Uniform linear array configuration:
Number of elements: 32
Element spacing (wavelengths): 0.5
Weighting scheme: binomial
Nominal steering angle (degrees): -45
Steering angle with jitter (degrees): -43.672
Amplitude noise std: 0.05
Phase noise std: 0.05

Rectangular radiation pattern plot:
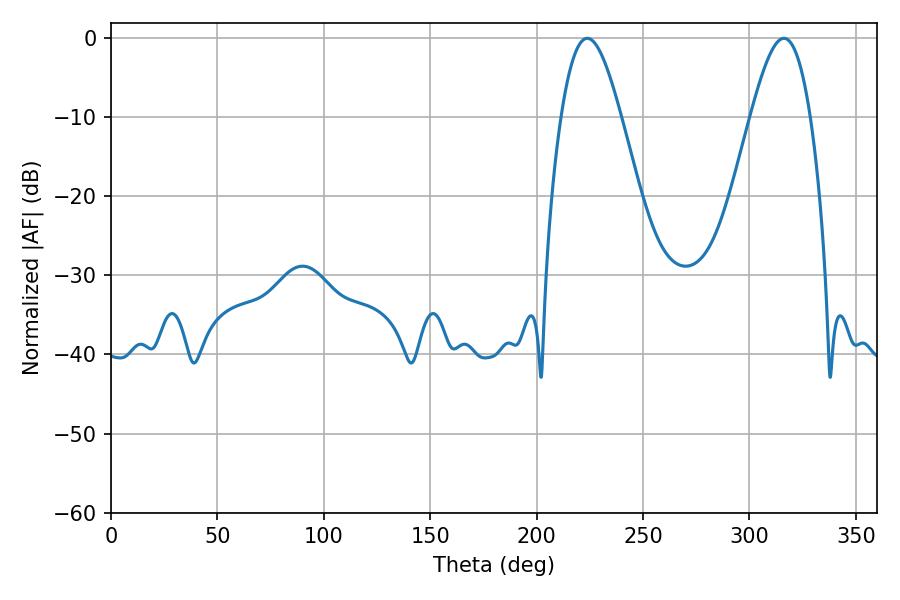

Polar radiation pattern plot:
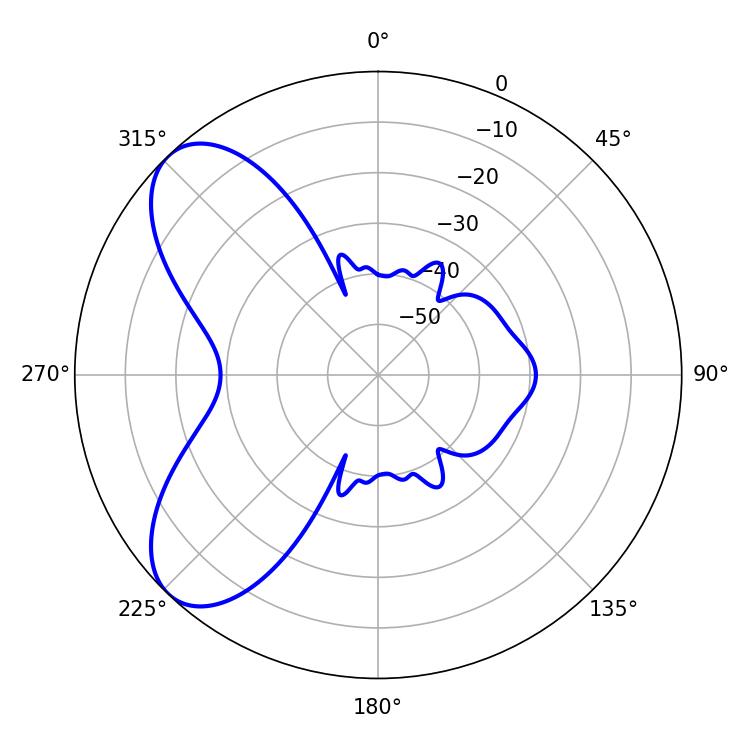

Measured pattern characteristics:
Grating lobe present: FALSE
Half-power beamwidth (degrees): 15.12
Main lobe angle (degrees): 223.74